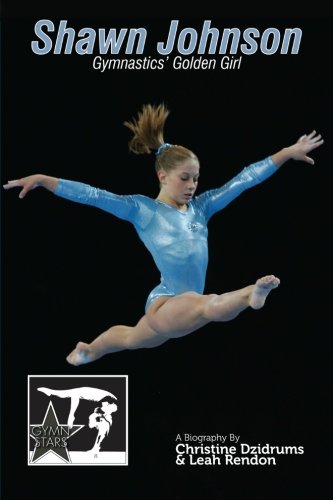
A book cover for Shawn Johnson: Gymnastics Golden Girl: GymnStars Volume 1; Christine Dzidrums; Sports & Outdoors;